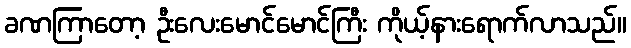
ခဏကြာတော့ ဦးလေးမောင်မောင်ကြီး ကိုယ့်နားရောက်လာသည်။